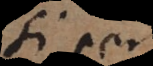
si per